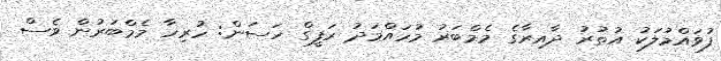
ފުވައްމުލަކު އުތުރު ދާއިރާގެ މެމްބަރު މުހައްމަދު ރަފީގް ހަސަން: ހުރިހާ މެމްބަރުން ވެސް